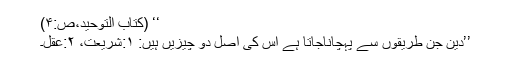
‘‘ (کتاب التوحید،ص:۴)
’’دین جن طریقوں سے پہچاناجاتا ہے اس کی اصل دو چیزیں ہیں: ۱:شریعت، ۲:عقل۔